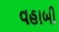
વહાબી